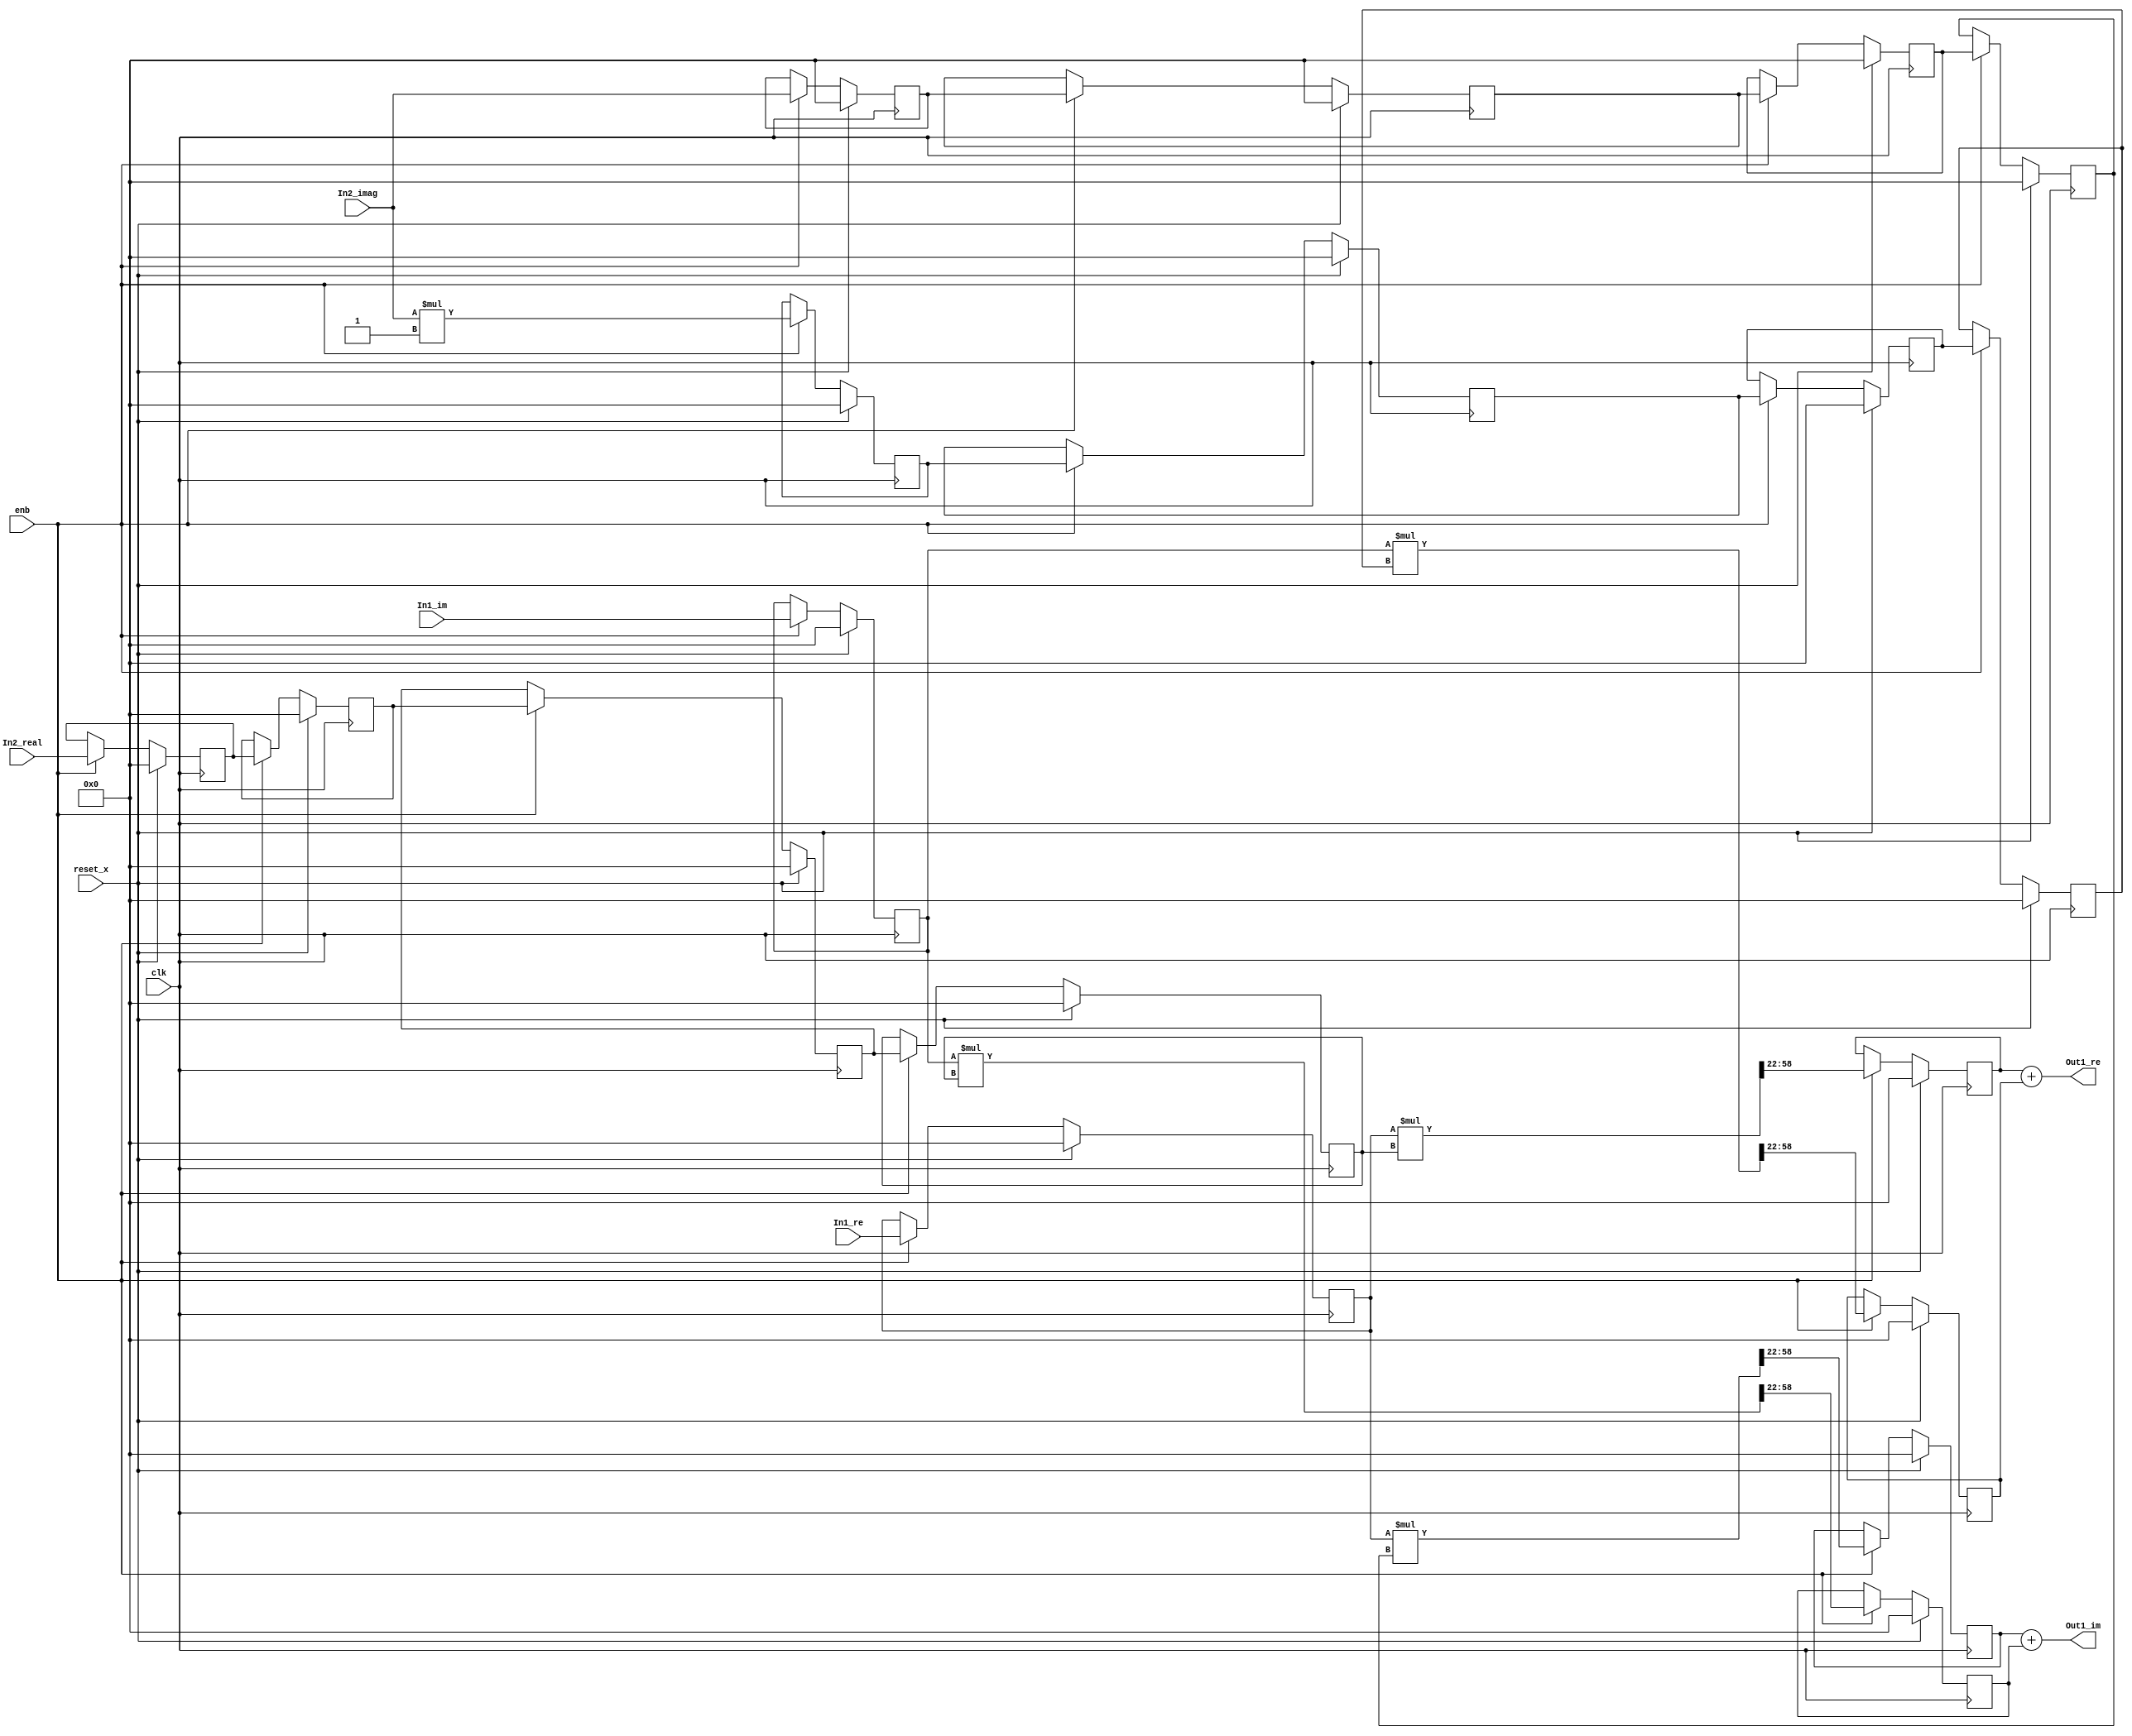
// -------------------------------------------------------------
// 
// 
// Generated by MATLAB 9.8 and HDL Coder 3.16
// 
// -------------------------------------------------------------


// -------------------------------------------------------------
// 
// Module: Complex_multiplication1_block7
// Source Path: newhope_cambios/FDHT/DFT/DFT10 - block/W10/Complex-multiplication1
// Hierarchy Level: 4
// 
// -------------------------------------------------------------

`timescale 1 ns / 1 ns

module Complex_multiplication1_block7
          (clk,
           reset_x,
           enb,
           In1_re,
           In1_im,
           In2_real,
           In2_imag,
           Out1_re,
           Out1_im);


  input   clk;
  input   reset_x;
  input   enb;
  input   signed [36:0] In1_re;  // sfix37_En22
  input   signed [36:0] In1_im;  // sfix37_En22
  input   signed [36:0] In2_real;  // sfix37_En22
  input   signed [36:0] In2_imag;  // sfix37_En22
  output  signed [36:0] Out1_re;  // sfix37_En22
  output  signed [36:0] Out1_im;  // sfix37_En22


  reg signed [36:0] Complex_to_Real_Imag1_out1;  // sfix37_En22
  reg signed [36:0] reduced_reg [0:3];  // sfix37 [4]
  wire signed [36:0] reduced_reg_next [0:3];  // sfix37_En22 [4]
  wire signed [36:0] In2_real_1;  // sfix37_En22
  wire signed [73:0] Product_mul_temp;  // sfix74_En44
  wire signed [36:0] Product_out1;  // sfix37_En22
  reg signed [36:0] Product_out1_1;  // sfix37_En22
  reg signed [36:0] Complex_to_Real_Imag1_out2;  // sfix37_En22
  wire signed [1:0] Constant_out1;  // sfix2
  wire signed [38:0] Product4_mul_temp;  // sfix39_En22
  wire signed [36:0] Product4_out1;  // sfix37_En22
  reg signed [36:0] HwModeRegister3_reg [0:3];  // sfix37 [4]
  wire signed [36:0] HwModeRegister3_reg_next [0:3];  // sfix37_En22 [4]
  wire signed [36:0] Product4_out1_1;  // sfix37_En22
  wire signed [73:0] Product1_mul_temp;  // sfix74_En44
  wire signed [36:0] Product1_out1;  // sfix37_En22
  reg signed [36:0] Product1_out1_1;  // sfix37_En22
  wire signed [36:0] Sum_out1;  // sfix37_En22
  reg signed [36:0] HwModeRegister5_reg [0:3];  // sfix37 [4]
  wire signed [36:0] HwModeRegister5_reg_next [0:3];  // sfix37_En22 [4]
  wire signed [36:0] In2_imag_1;  // sfix37_En22
  wire signed [73:0] Product2_mul_temp;  // sfix74_En44
  wire signed [36:0] Product2_out1;  // sfix37_En22
  reg signed [36:0] Product2_out1_1;  // sfix37_En22
  wire signed [73:0] Product3_mul_temp;  // sfix74_En44
  wire signed [36:0] Product3_out1;  // sfix37_En22
  reg signed [36:0] Product3_out1_1;  // sfix37_En22
  wire signed [36:0] Sum1_out1;  // sfix37_En22


  always @(posedge clk)
    begin : reduced_process
      if (reset_x == 1'b1) begin
        Complex_to_Real_Imag1_out1 <= 37'sh0000000000;
      end
      else begin
        if (enb) begin
          Complex_to_Real_Imag1_out1 <= In1_re;
        end
      end
    end



  always @(posedge clk)
    begin : reduced_1_process
      if (reset_x == 1'b1) begin
        reduced_reg[0] <= 37'sh0000000000;
        reduced_reg[1] <= 37'sh0000000000;
        reduced_reg[2] <= 37'sh0000000000;
        reduced_reg[3] <= 37'sh0000000000;
      end
      else begin
        if (enb) begin
          reduced_reg[0] <= reduced_reg_next[0];
          reduced_reg[1] <= reduced_reg_next[1];
          reduced_reg[2] <= reduced_reg_next[2];
          reduced_reg[3] <= reduced_reg_next[3];
        end
      end
    end

  assign In2_real_1 = reduced_reg[3];
  assign reduced_reg_next[0] = In2_real;
  assign reduced_reg_next[1] = reduced_reg[0];
  assign reduced_reg_next[2] = reduced_reg[1];
  assign reduced_reg_next[3] = reduced_reg[2];



  assign Product_mul_temp = Complex_to_Real_Imag1_out1 * In2_real_1;
  assign Product_out1 = Product_mul_temp[58:22];



  always @(posedge clk)
    begin : PipelineRegister_process
      if (reset_x == 1'b1) begin
        Product_out1_1 <= 37'sh0000000000;
      end
      else begin
        if (enb) begin
          Product_out1_1 <= Product_out1;
        end
      end
    end



  always @(posedge clk)
    begin : reduced_2_process
      if (reset_x == 1'b1) begin
        Complex_to_Real_Imag1_out2 <= 37'sh0000000000;
      end
      else begin
        if (enb) begin
          Complex_to_Real_Imag1_out2 <= In1_im;
        end
      end
    end



  assign Constant_out1 = 2'sb11;



  assign Product4_mul_temp = In2_imag * Constant_out1;
  assign Product4_out1 = Product4_mul_temp[36:0];



  always @(posedge clk)
    begin : HwModeRegister3_process
      if (reset_x == 1'b1) begin
        HwModeRegister3_reg[0] <= 37'sh0000000000;
        HwModeRegister3_reg[1] <= 37'sh0000000000;
        HwModeRegister3_reg[2] <= 37'sh0000000000;
        HwModeRegister3_reg[3] <= 37'sh0000000000;
      end
      else begin
        if (enb) begin
          HwModeRegister3_reg[0] <= HwModeRegister3_reg_next[0];
          HwModeRegister3_reg[1] <= HwModeRegister3_reg_next[1];
          HwModeRegister3_reg[2] <= HwModeRegister3_reg_next[2];
          HwModeRegister3_reg[3] <= HwModeRegister3_reg_next[3];
        end
      end
    end

  assign Product4_out1_1 = HwModeRegister3_reg[3];
  assign HwModeRegister3_reg_next[0] = Product4_out1;
  assign HwModeRegister3_reg_next[1] = HwModeRegister3_reg[0];
  assign HwModeRegister3_reg_next[2] = HwModeRegister3_reg[1];
  assign HwModeRegister3_reg_next[3] = HwModeRegister3_reg[2];



  assign Product1_mul_temp = Complex_to_Real_Imag1_out2 * Product4_out1_1;
  assign Product1_out1 = Product1_mul_temp[58:22];



  always @(posedge clk)
    begin : PipelineRegister1_process
      if (reset_x == 1'b1) begin
        Product1_out1_1 <= 37'sh0000000000;
      end
      else begin
        if (enb) begin
          Product1_out1_1 <= Product1_out1;
        end
      end
    end



  assign Sum_out1 = Product_out1_1 + Product1_out1_1;



  assign Out1_re = Sum_out1;

  always @(posedge clk)
    begin : HwModeRegister5_process
      if (reset_x == 1'b1) begin
        HwModeRegister5_reg[0] <= 37'sh0000000000;
        HwModeRegister5_reg[1] <= 37'sh0000000000;
        HwModeRegister5_reg[2] <= 37'sh0000000000;
        HwModeRegister5_reg[3] <= 37'sh0000000000;
      end
      else begin
        if (enb) begin
          HwModeRegister5_reg[0] <= HwModeRegister5_reg_next[0];
          HwModeRegister5_reg[1] <= HwModeRegister5_reg_next[1];
          HwModeRegister5_reg[2] <= HwModeRegister5_reg_next[2];
          HwModeRegister5_reg[3] <= HwModeRegister5_reg_next[3];
        end
      end
    end

  assign In2_imag_1 = HwModeRegister5_reg[3];
  assign HwModeRegister5_reg_next[0] = In2_imag;
  assign HwModeRegister5_reg_next[1] = HwModeRegister5_reg[0];
  assign HwModeRegister5_reg_next[2] = HwModeRegister5_reg[1];
  assign HwModeRegister5_reg_next[3] = HwModeRegister5_reg[2];



  assign Product2_mul_temp = Complex_to_Real_Imag1_out1 * In2_imag_1;
  assign Product2_out1 = Product2_mul_temp[58:22];



  always @(posedge clk)
    begin : PipelineRegister2_process
      if (reset_x == 1'b1) begin
        Product2_out1_1 <= 37'sh0000000000;
      end
      else begin
        if (enb) begin
          Product2_out1_1 <= Product2_out1;
        end
      end
    end



  assign Product3_mul_temp = Complex_to_Real_Imag1_out2 * In2_real_1;
  assign Product3_out1 = Product3_mul_temp[58:22];



  always @(posedge clk)
    begin : PipelineRegister3_process
      if (reset_x == 1'b1) begin
        Product3_out1_1 <= 37'sh0000000000;
      end
      else begin
        if (enb) begin
          Product3_out1_1 <= Product3_out1;
        end
      end
    end



  assign Sum1_out1 = Product2_out1_1 + Product3_out1_1;



  assign Out1_im = Sum1_out1;

endmodule  // Complex_multiplication1_block7